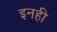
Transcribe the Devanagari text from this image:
इनही